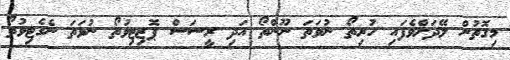
މިގޮތުން ލޭދަށްވެފައި ހުރިތޯ ނުވަތަ ނޫންތޯ އަދި ރީސަސް ޕޮޒިޓިވުތޯ ނުވަތަ ނެގެޓިވުތޯ